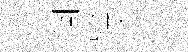
濶跡陵